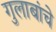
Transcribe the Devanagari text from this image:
गुलाबांचे